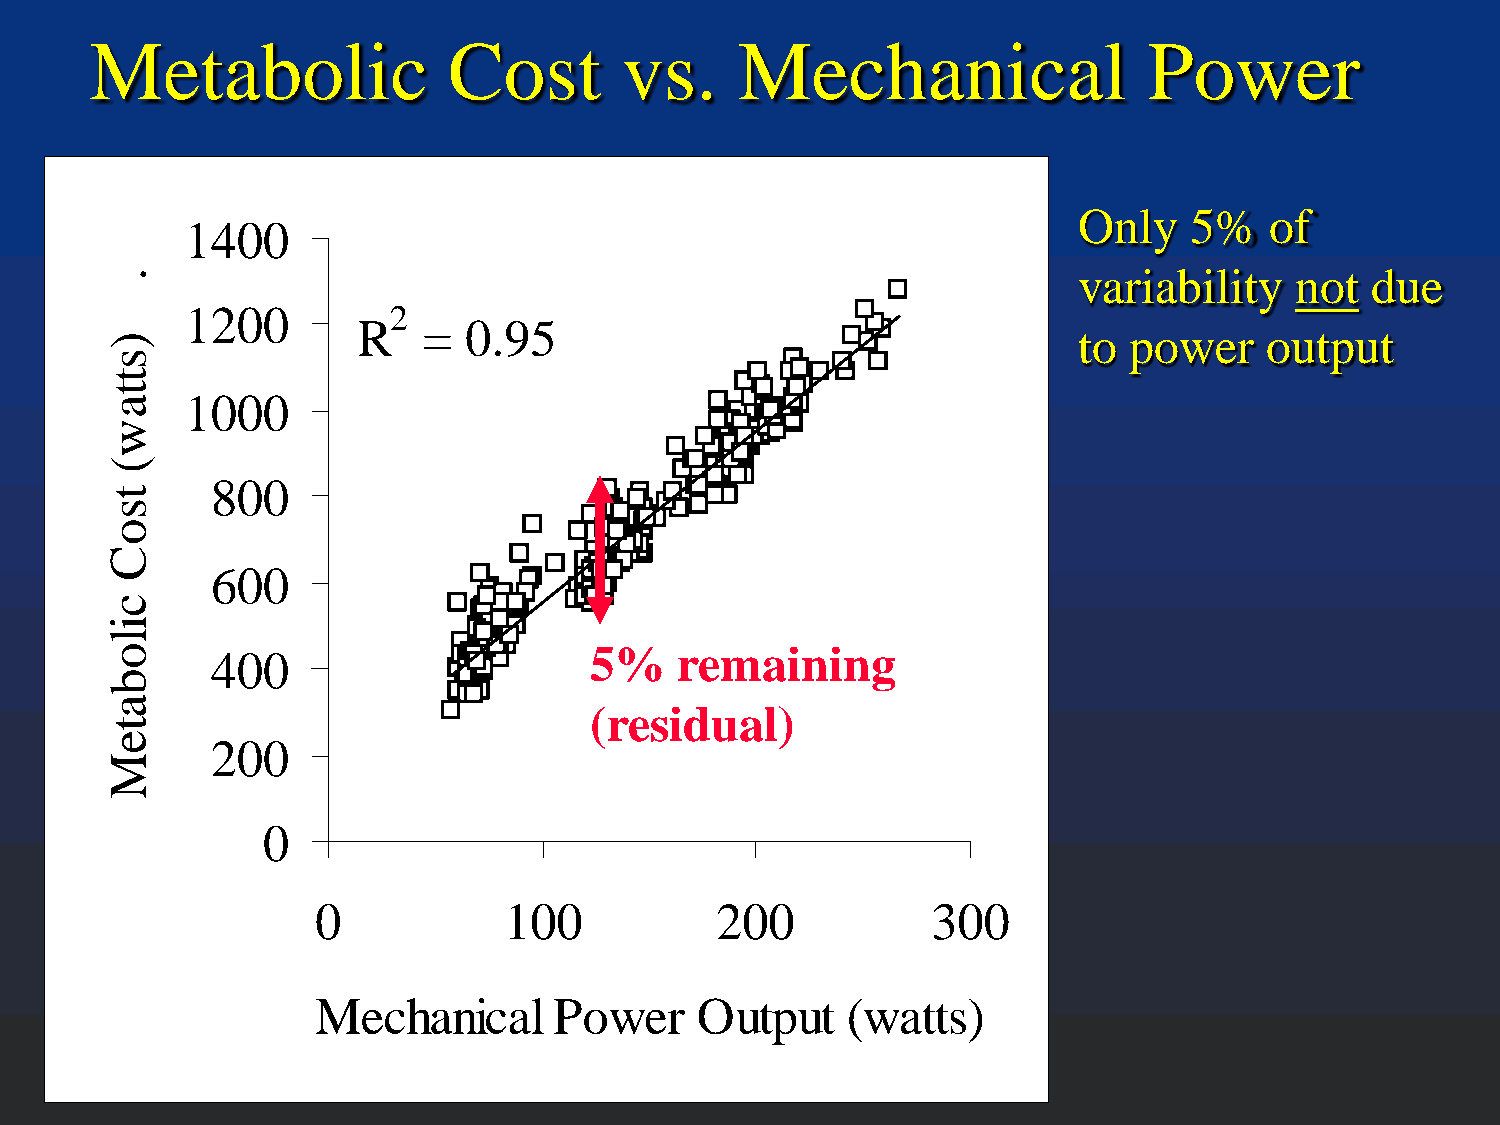
Metabolic               Cost       vs.     Mechanical                 Power
 Only    5%   of
 1400
 variability    not  due
 1200          2
 R   =  0.95
 to  power    output
 1000
 800
 600
 400                      5%    remaining
 (residual)
 200
 0
 0           100           200            300
 Mechanical      Power    Output    (watts)
 .
 )sttaw(
 tsoC
 cilobateM